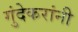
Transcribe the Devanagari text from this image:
गुंदेकरांनी